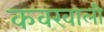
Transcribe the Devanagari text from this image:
कवरवाली